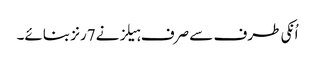
اُنکی طرف سے صرف ہیلز نے7رنز بنائے۔